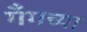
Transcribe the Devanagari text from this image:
गँगच्या